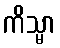
ကိသ္မာ